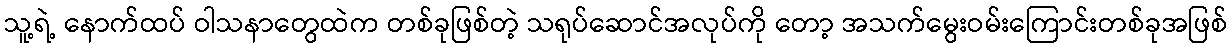
သူ့ရဲ့ နောက်ထပ် ဝါသနာတွေထဲက တစ်ခုဖြစ်တဲ့ သရုပ်ဆောင်အလုပ်ကို တော့ အသက်မွေးဝမ်းကြောင်းတစ်ခုအဖြစ်